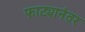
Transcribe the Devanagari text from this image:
फाट्यानंतर